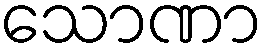
သောဏာ